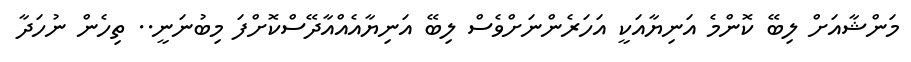
މަންޝާއަށް ލިބޭ ކޮންމެ އަނިޔާއަކީ އަހަރެންނަށްވެސް ލިބޭ އަނިޔާއެއްއާދޭސްކޮށްފަ މިބުނަނީ.. ތިހެން ނުހަދާ